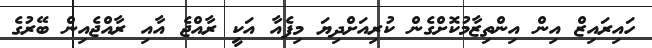
ހައިރައިޒް އިން އިންތިޒާމުކޮށްގެން ކުރިއަށްދިޔަ މިފެއާ އަކީ ރާއްޖެ އާއި ރާއްޖެއިން ބޭރުގެ